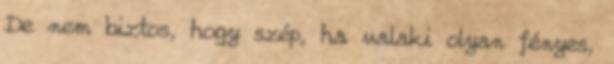
De nem biztos, hogy szép, ha valaki olyan fényes,